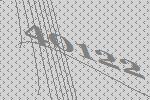
40122